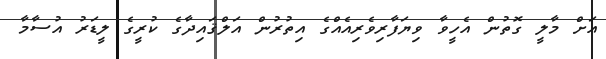
އަށް މާލީ ގޮތުން އެހީވާ ވިޔަފާރިވެރިއެއްގެ އިތުރުން އަލްޤައިދާގެ ކުރީގެ ލީޑަރު އުސާމާ